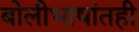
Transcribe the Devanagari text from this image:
बोलीभाषांतही